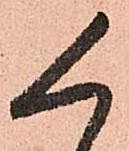
く